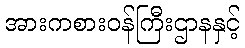
အားကစားဝန်ကြီးဌာနနှင့်